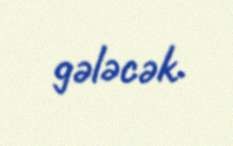
gələcək.